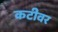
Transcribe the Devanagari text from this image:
कटीवर